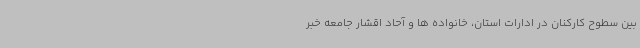
بین سطوح کارکنان در ادارات استان، خانواده ها و آحاد اقشار جامعه خبر